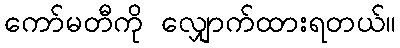
ကော်မတီကို လျှောက်ထားရတယ်။